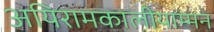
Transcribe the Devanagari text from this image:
अयिरामकालीयाम्मन